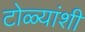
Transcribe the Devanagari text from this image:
टोळ्यांशी